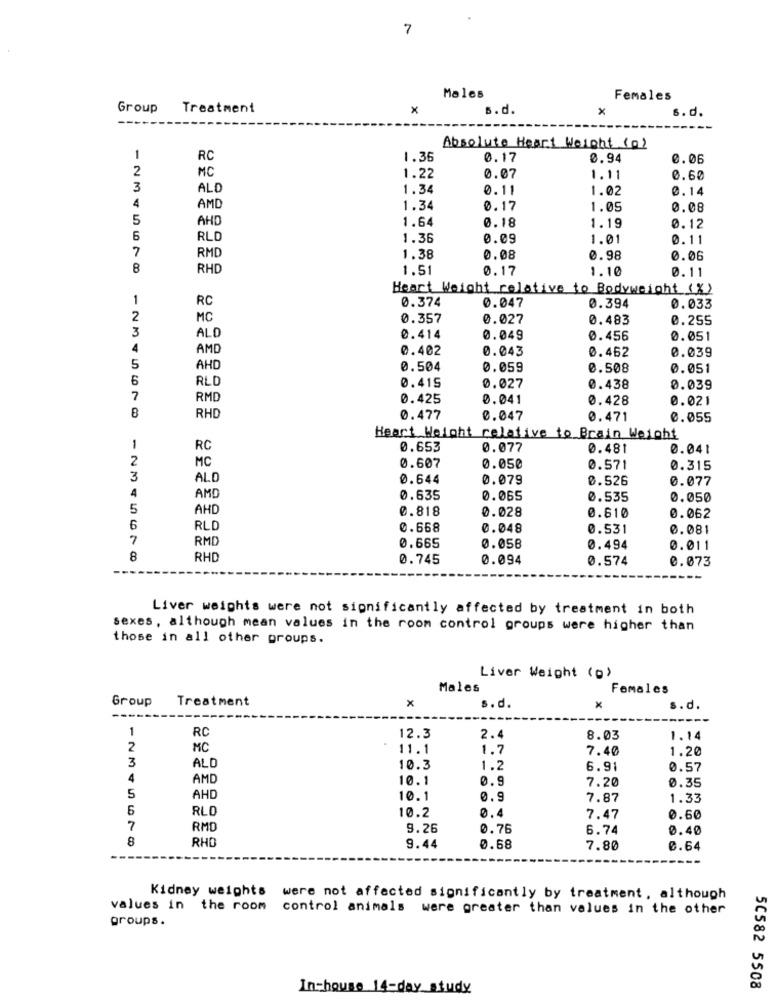
7
Males
Females
Group
Treatment
x
s. d.
x
s.d.
Absolute Heart Weight (0)
1
RC
1.36
0.17
0.94
0.06
2
MC
1.22
0.07
1.11
0.60
3
ALD
1.34
0.11
1.02
0.14
4
AMD
1.34
0.17
1.05
0.08
5
AHD
1.64
0.18
1.19
0.12
6
RLD
1.36
0.09
1.01
0.11
7
RMC
1.38
0.08
0.98
0.06
8
RHO
1.51
0.17
1.10
0.11
Heart Weight relative to Bodyweight (%)
1
RC
0.374
0.047
0.394
0.033
2
MC
0.357
0.027
0.483
0.255
3
ALO
0.414
0.049
0.456
0.051
4
AMD
0.402
0.043
0.462
0.039
5
AHD
0.504
0.059
0.508
0.051
6
RLD
0.415
0.027
0.438
0.039
7
RMD
0.425
0.041
0.428
0.021
8
RHD
0.477
0.047
0.471
0.055
Heart Weight relative to Brain Weight
1
RC
0.653
0.077
0.481
0.041
2
MC
0.607
0.050
0.571
0.315
3
ALO
0.644
0.079
0.526
0.077
4
AMD
0.635
0.065
0.535
0.050
5
AHD
0.818
0.028
0.610
0.062
6
RLD
0.668
0.048
0.531
0.081
7
RMD
0.665
0.058
0.494
0.011
8
RHD
0.745
0.094
0.574
0.073
Liver weights were not significantly affected by treatment in both
sexes , although mean values in the room control groups were higher than
those in all other groups.
Liver Weight (o)
Males
Females
Group
Treatment
x
s.d.
x
s.d.
1
RC
12.3
2.4
8.03
1.14
2
MC
11.1
1.7
7.40
1.20
3
ALC
10.3
1.2
6.91
0.57
4
AMD
10.1
0.9
7.20
0.35
5
AHD
10.1
0.9
7.87
1.33
6
RLD
0,4
10.2
7.47
0.60
7
RMD
9.26
0.76
6.74
0.40
8
RHO
9.44
0.68
7.80
0.64
Kidney weights
were not affected significantly by treatment, although
values in the room control animals were greater than values in the other
groups.
In-house 14-day_study
50582 5508